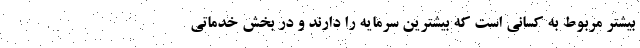
بیشتر مربوط به کسانی است که بیشترین سرمایه را دارند و در بخش خدماتی